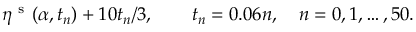
\eta ^ { \mathrm { ~ s ~ } } ( \alpha , t _ { n } ) + 1 0 t _ { n } / 3 , \qquad t _ { n } = 0 . 0 6 n , \quad n = 0 , 1 , \ldots , 5 0 .